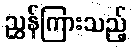
ညွှန်ကြားသည့်